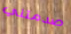
صدمتني